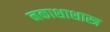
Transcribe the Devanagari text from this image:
नकाशाशास्त्र